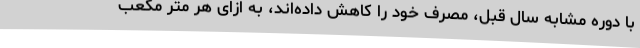
با دوره مشابه سال قبل، مصرف خود را کاهش داده‌اند، به ازای هر متر مکعب